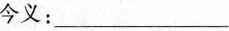
今义：___